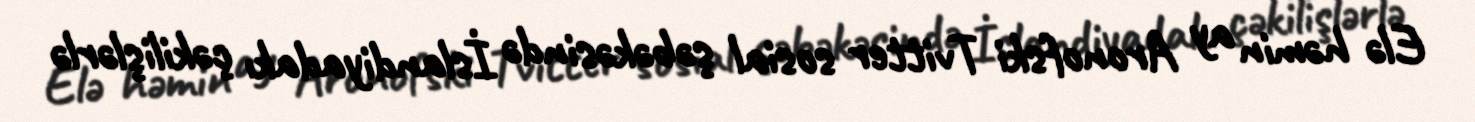
Elə həmin ay Aronofski Tvitter sosial şəbəkəsində İslandiyadakı çəkilişlərlə